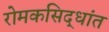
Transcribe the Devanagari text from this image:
रोमकसिद्धांत